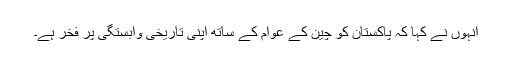
انہوں نے کہا کہ پاکستان کو چین کے عوام کے ساتھ اپنی تاریخی وابستگی پر فخر ہے۔